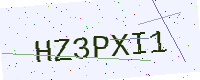
Text: HZ3PXI1